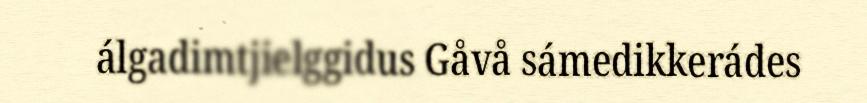
álgadimtjielggidus Gåvå sámedikkerádes ​ ​